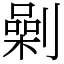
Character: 劋